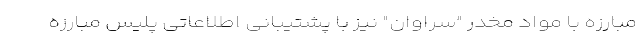
مبارزه با مواد مخدر "سراوان" نیز با پشتیبانی اطلاعاتی پلیس مبارزه